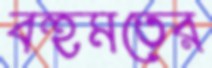
বহুমতের